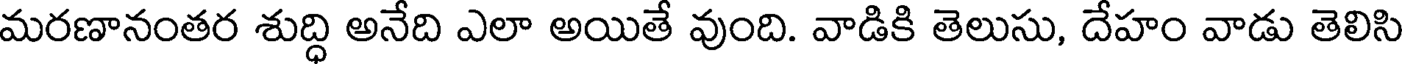
మరణానంతర శుద్ధి అనేది ఎలా అయితే వుంది. వాడికి తెలుసు, దేహం వాడు తెలిసి